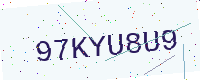
Text: 97KYU8U9